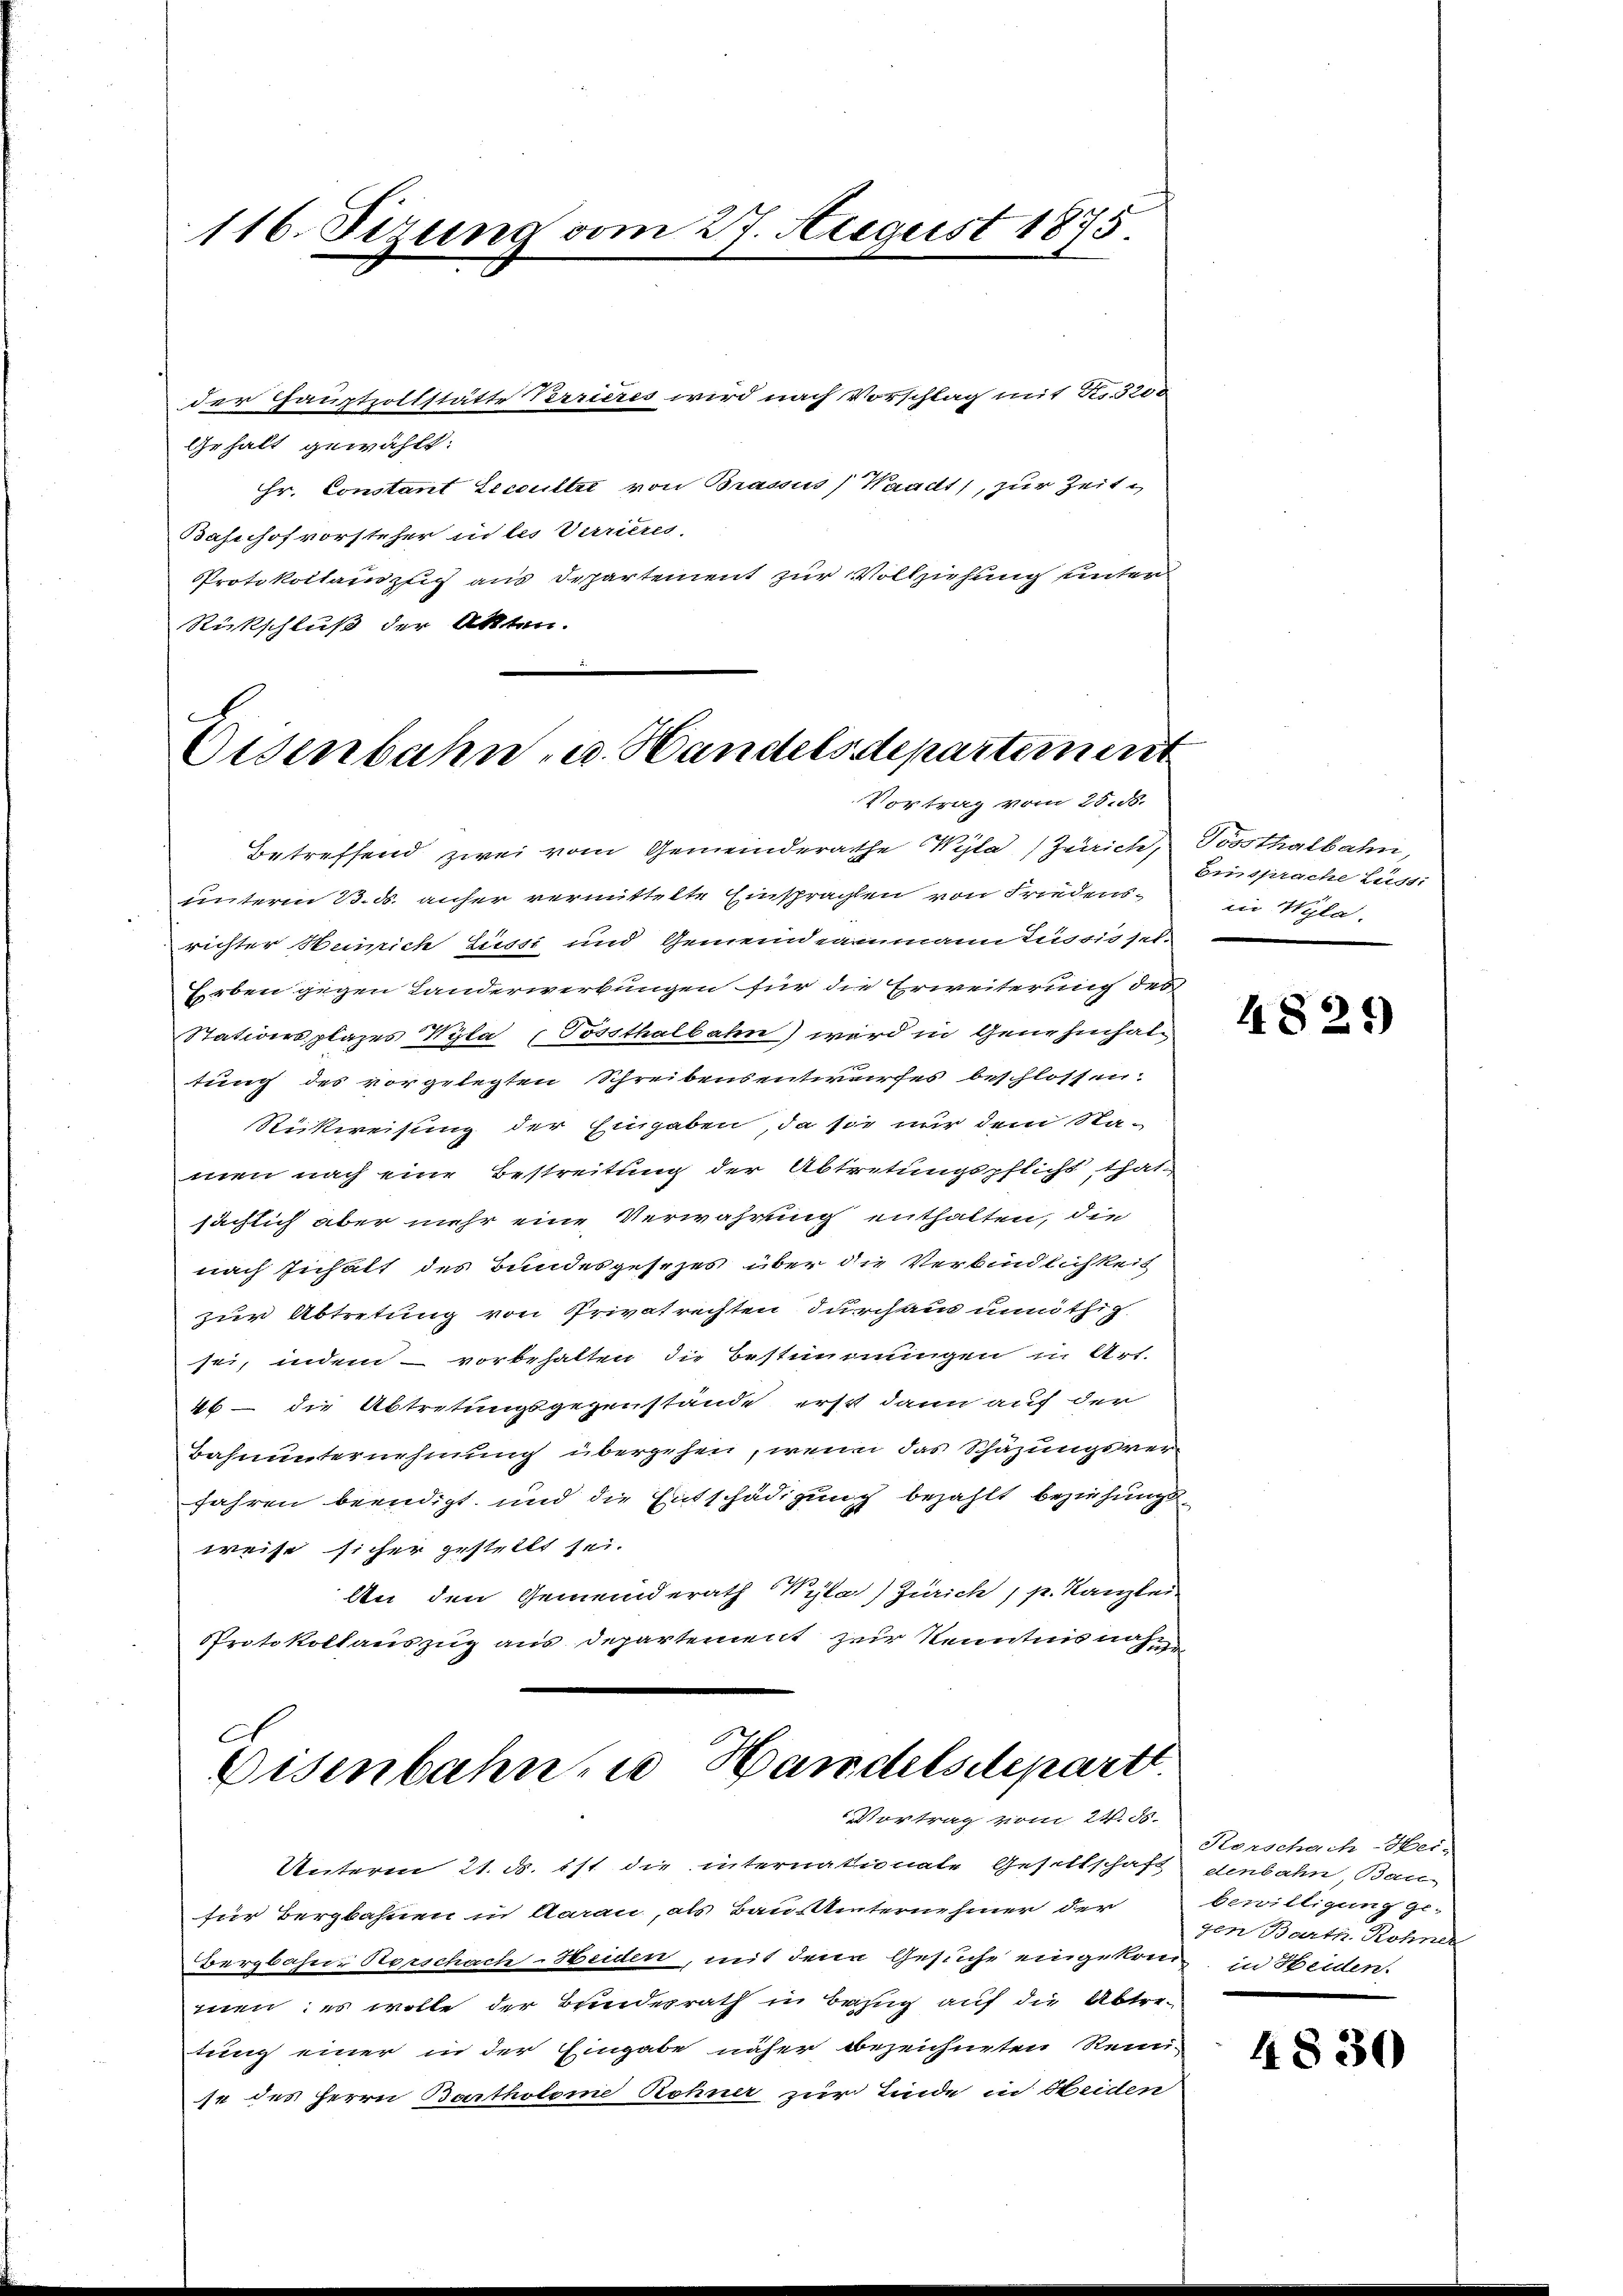
116. Ferung vom 27. August 1875.

der Hauptzollstätte Perrieres wird nach Vorschlag mit No. 3200
Gehalt gewählt:
Hr. Constant Esccultat von Brassus (Waadt, zur Zeit
Bahnhofvorsteher in les Verrieres.
Protokollinzug aus Departement zur Vollziehung unter
Rückschluß der Akten.

x
Eisenbahn u. Handelsdepartement
Vortrag vom 25. 56.

Betreffend zwei vom Gemeinderathe Wyla (Zürich, Posthalbahn,
unterm 13. ds. anher vermittelte Einsprachten von Friedens-
richter Heinrich Lusts und Gemeindeammann leississel-
Erben gegen Landerwerkungen für die Erweiterung des
Stationsplazes Wyla (Tossthalbahn) wird in Genehmhal
tung des vorgelegten Schreibensentwurfes beschlossen:
Rückweisung der Eingaben, da sie nur dem Na-
men nach eine Bestreitung der Abtretungspflicht that
sächlich aber mehr eine Verwahrung enthalten, die
nach Inhalt des Bundesgesezes über die Verbindlichkeit
zur Abtretung von Privatrechten durchaus unnöthig.
se, indem vorbehalten die Bestimmungen in Art.
46 – die Abtretungsgegenstände erst dann auf der
Bahnunternehmung übergehen, wenn das Schäzungsverfahren beendigt und die Entschädigung bezahlt beziehungs-
weise sicher gestellt sei.
An den Gemeinderath Wylat) Zürich, p. Kanzlei-
Protokollauszug aus Departement zur Kenntnis nahm
A
Eisenbahn, Handelsdepartt.
Vortrag vom 24. ds.
Unterm 21. ds. ist die internationate Gesellschaft denbahn, Bau-
für Bergbahnen in Aarau, als Baustinternehmer der
bergbahn. Horschach-Heiden, mit dene Gesuche eingekom, in Heiden.
men; es wolle der Bundesrath in Besuch auf die Abtretung einer in der Eingabe näher bezeichneten Rei-
se des Herrn Bartholome Rohner zur Linde in Heiden

Eiissprache Luss.
in Wyla.

4821)

Herschach-Hei-
bewilligung ge-
gen Barth. Rohner

4830